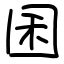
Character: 囷